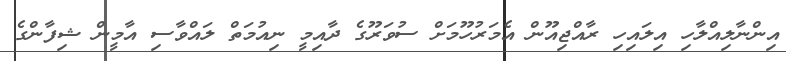
އިންނާލިއްލާހި އިލައިހި ރާއްޖިއޫން އެމަރުހޫމަށް ސުވަރޫގެ ދާއިމީ ނިއުމަތް ލައްވާސި އާމީން ޝިފާންގެ